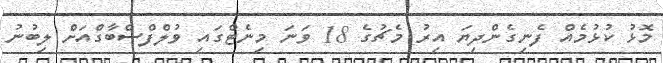
މޮޅު ކުޅުމެއް ފެނިގެންދިޔަ އިރު މެޗުގެ 18 ވަނަ މިނެޓްގައި ވުލްފްސްބާގްއަށް ލިބުނު